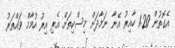
އެގޮތުން 1:20 ހާއިރު އޭނާ ނަމާދަށް މިސްކިތަށް އެރި އިރު ހުމާމް ވައްތަރު